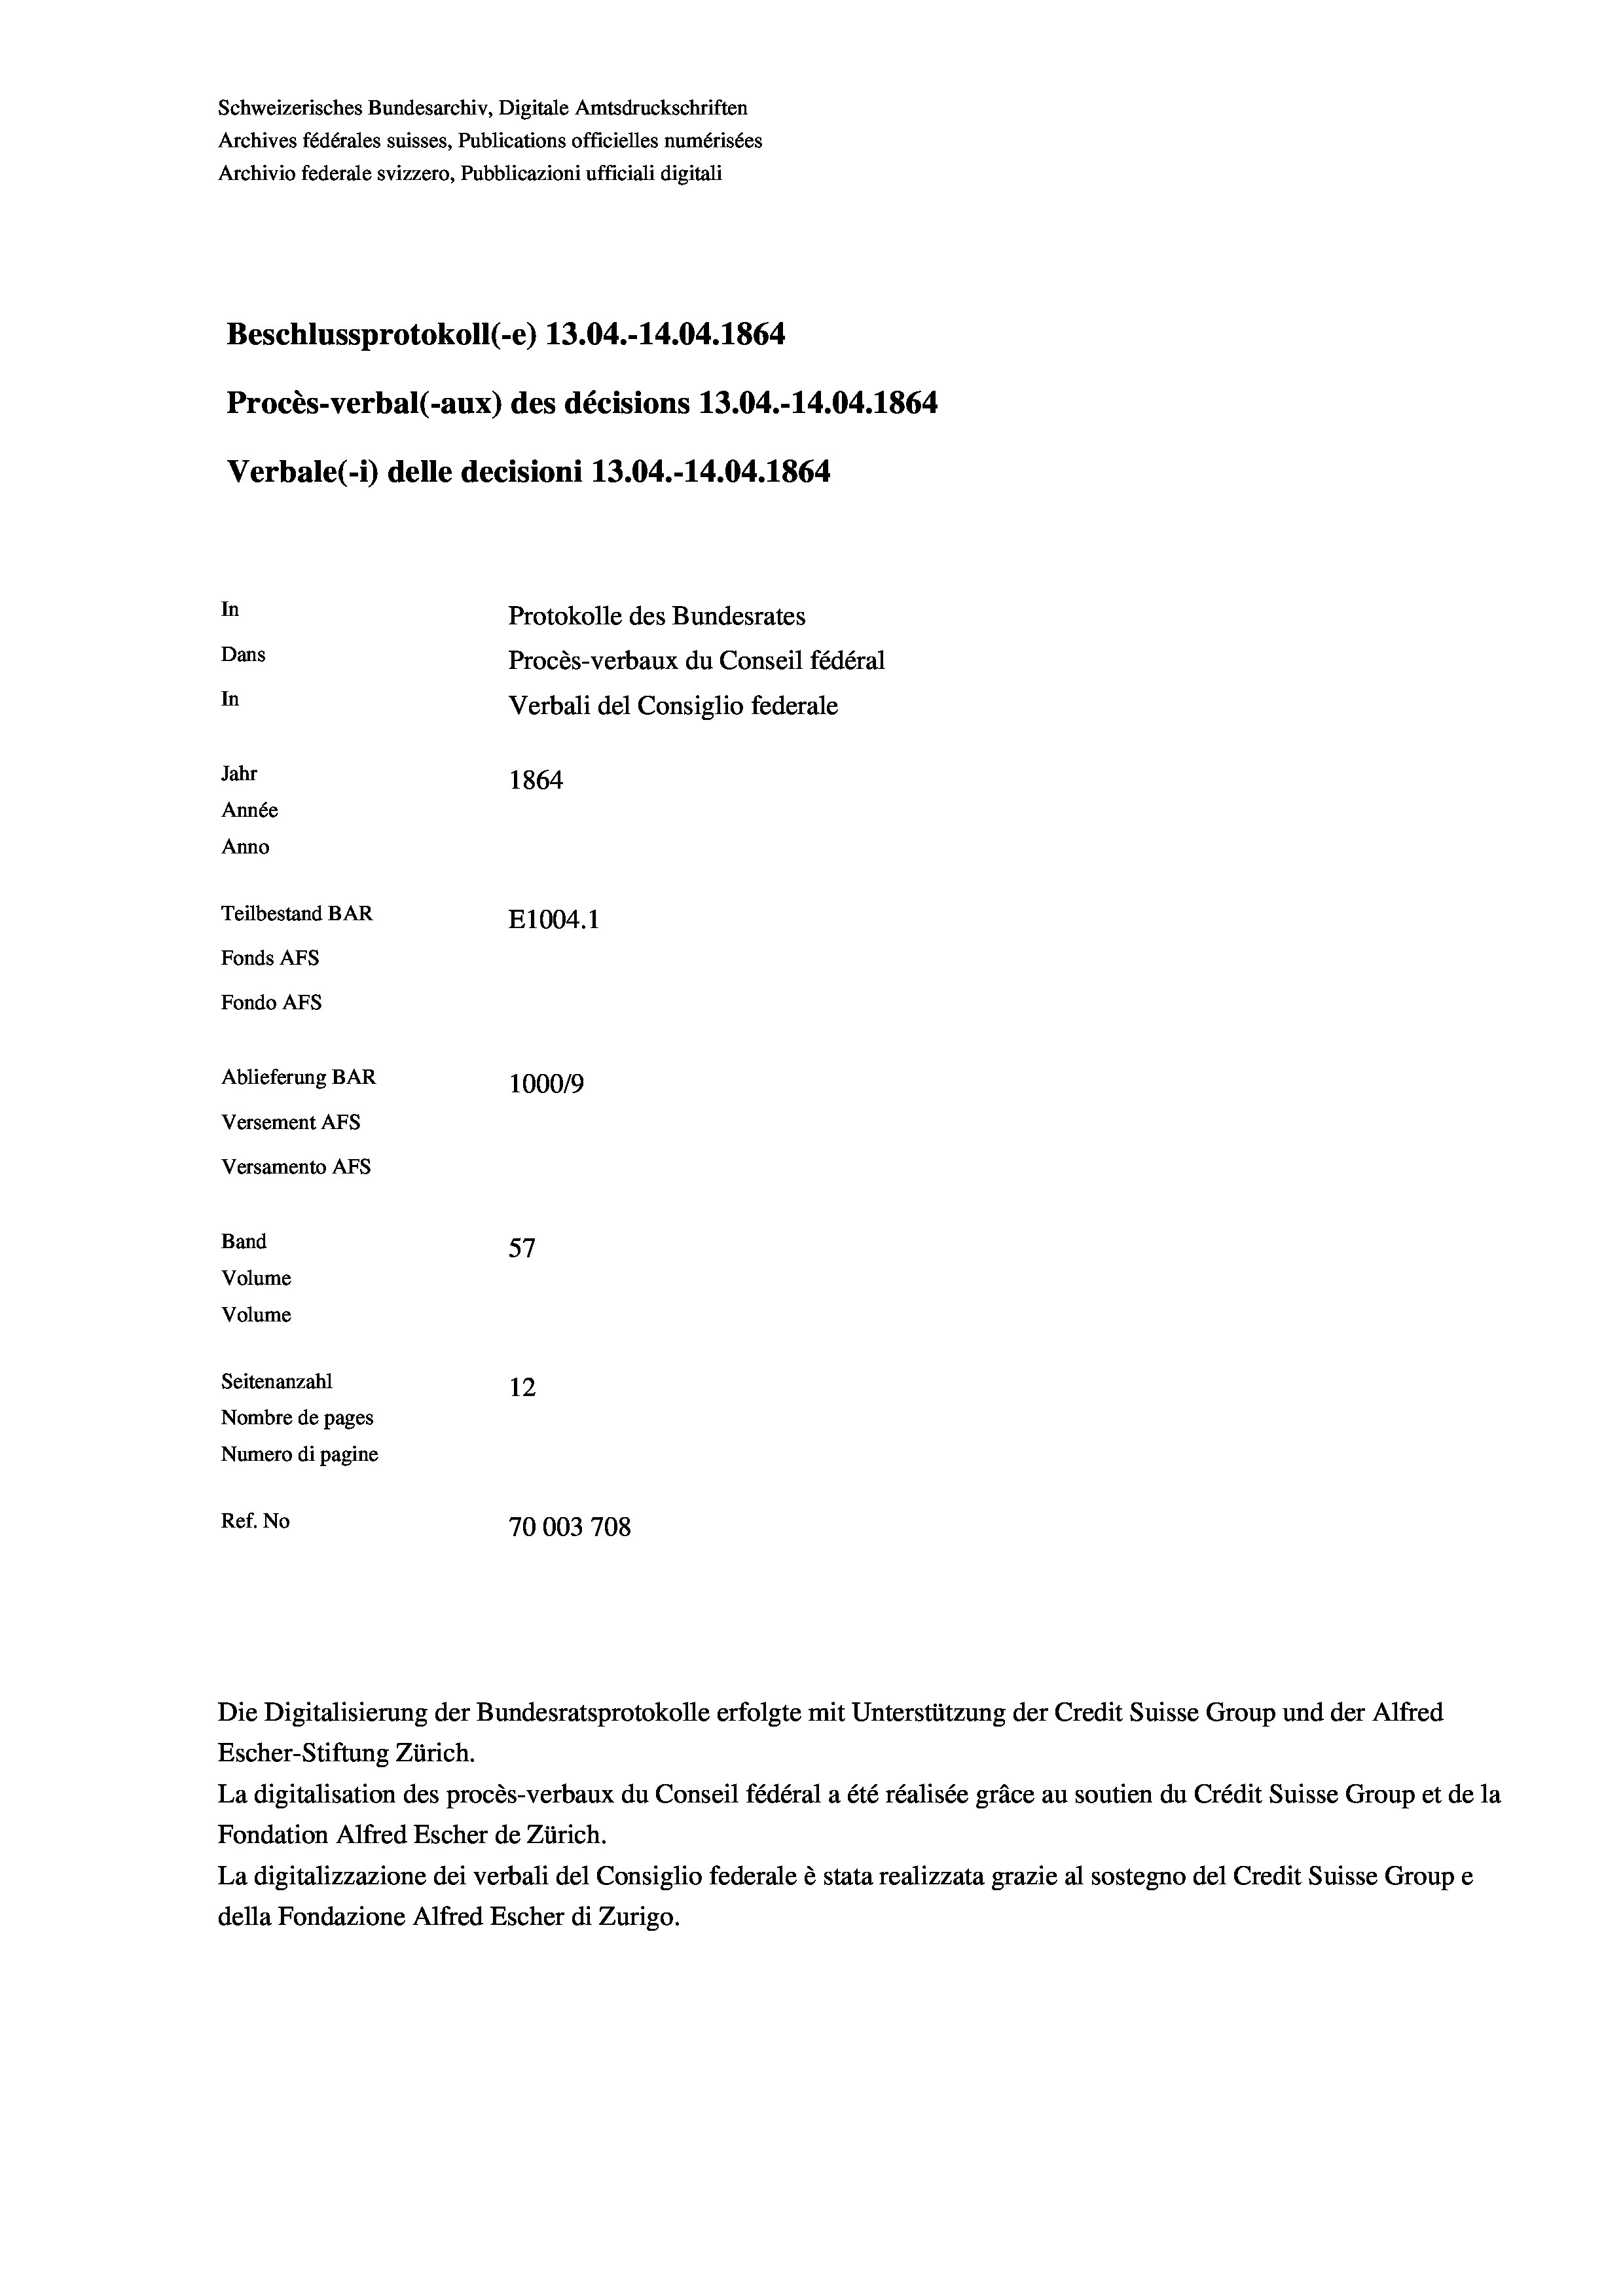
Schweizerisches Bundesarchiv, Digitale Amtsdruckschriften
Archives fédérales suisses, Publications officielles numérisées
Archivio federale svizzero, Pubblicazioni ufficiali digitali
Beschlussprotokoll (-e) 13.04.-14.04. 1864
Procès-verbal (-aux) des décisions 13.04.-14.04. 1864
Verbale (-*) delle decisioni 13.04.-14.04. 1864
In
Protokolle des Bundesrates
Dans
Procès-verbaux du Conseil fédéral
In
Verbali del Consiglio federale
Jahr
1864
Année
Anno
Teilbestand BAR
E1004.1
Fonds AFs
Fondo Afs
Ablieferung BAR
100019
Versement AFs
Versamento AFs

Band
Volume
Volume

f
57
Seitenanzahl
12
Nombre de pages
Numero di pagine
Ref. No
70003708

La digitalisation des procès-verbaux du Conseil fédéral a été réalisée gräce au soutien du Crédit Suisse Group et de la
Fondation Alfred Escher de Zürich.
La digitalizzazione dei verbali del Consiglio federale è stata realizzata grazie al sostegno del Credit Suisse Groupe
della Fondazione Alfred Escher di Zurigo.

Die Digitalisierung der Bundesratsprotokolle erfolgte mit Unterstützung der Credit Suisse Group und der Alfred
Escher-Stiftung Zürich.